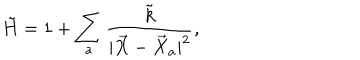
\tilde { H } = 1 + \sum _ { a } \frac { \tilde { k } } { | \vec { X } - \vec { X } _ { a } | ^ { 2 } } ,